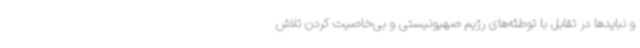
و نبایدها در تقابل با توطئه‌های رژیم صهیونیستی و بی‌خاصیت کردن تلاش‌